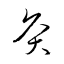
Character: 灸